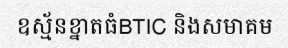
ឧស្ម័នខ្នាតធំBTIC និងសមាគម